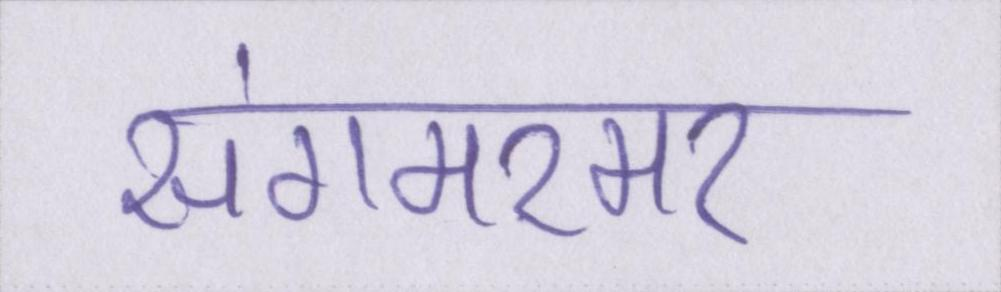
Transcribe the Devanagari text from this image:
संगमरमर